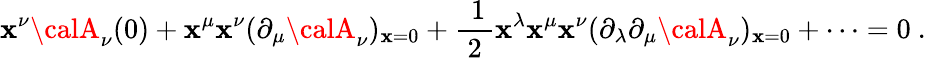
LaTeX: \mathbf{x}^{\nu}{\calA}_{\nu}(0)+\mathbf{x}^{\mu}\mathbf{x}^{\nu}(\partial_{\mu}{\calA}_{\nu})_{\mathbf{x}=0}+\mathrm{{\frac{{~1}}{{~2~}}}}\mathbf{x}^{\lambda}\mathbf{x}^{\mu}\mathbf{x}^{\nu}(\partial_{\lambda}\partial_{\mu}{\calA}_{\nu})_{\mathbf{x}=0}+\cdots=0\ .